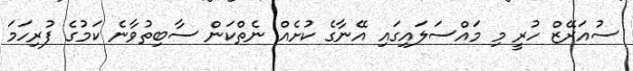
ސުއަރޭޒް ހުރީ މި މައްސަލައިގައި އޭނާގެ ކުށެއް ނެތްކަން ސާބިތުވާނެ ކަމުގެ ފުރިހަމަ